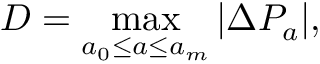
D = \operatorname* { m a x } _ { a _ { 0 } \leq a \leq a _ { m } } | \Delta P _ { a } | ,